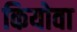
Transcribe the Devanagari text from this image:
कियोवा